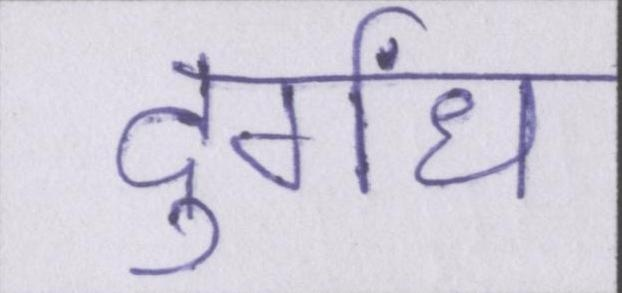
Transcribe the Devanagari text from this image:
दुर्गंध